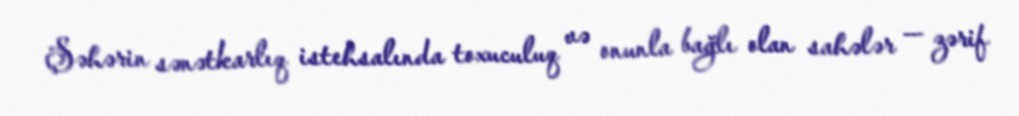
Şəhərin sənətkarlıq istehsalında toxuculuq və onunla bağlı olan sahələr — zərif